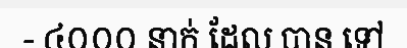
- ៤០០០ នាក់ ដែល បាន ទៅ